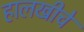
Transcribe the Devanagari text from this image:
हालखीचे